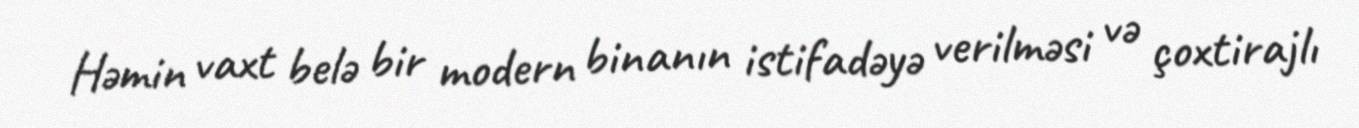
Həmin vaxt belə bir modern binanın istifadəyə verilməsi və çoxtirajlı